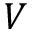
V